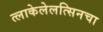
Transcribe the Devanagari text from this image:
त्लाकेलेलत्सिनचा